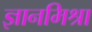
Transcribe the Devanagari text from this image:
ज्ञानमिश्रा